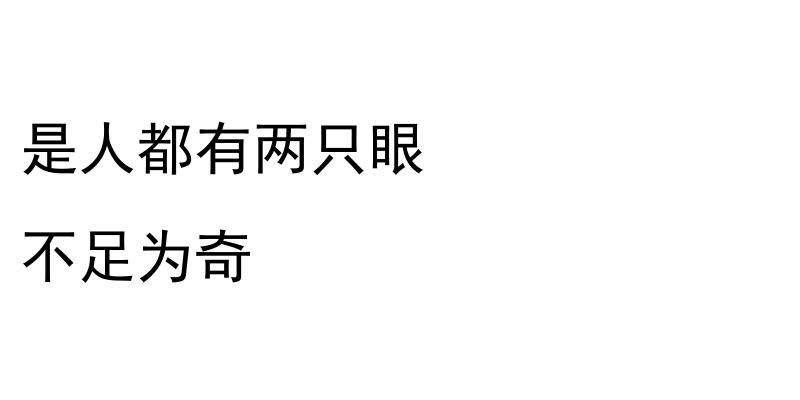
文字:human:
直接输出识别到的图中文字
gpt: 是人都有两只眼 不足为奇